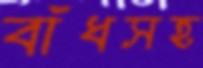
বাঁধসহ